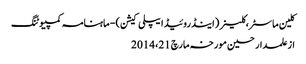
کلین ماسٹر،کلینر (اینڈروئیڈ ایپلی کیشن) - ماہنامہ کمپیوٹنگ
از علمدار حسین	 مورخہ مارچ 21، 2014